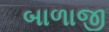
બાળાજી